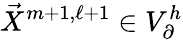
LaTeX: \vec{X}^{m+1,\ell+1}\in V_{\partial}^{h}